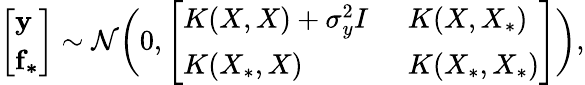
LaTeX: \left[\begin{array}{l}{\mathbf{y}}\\ {\mathbf{f_{*}}}\end{array}\right]\sim\mathcal{N}\bigg(0,\left[\begin{array}{ll}{K(X,X)+\sigma_{y}^{2}I}&{K(X,X_{*})\: }\\ {K(X_{*},X)\phantom{+\: \: \sigma{y}^{2}}}&{K(X_{*},X_{*})}\end{array}\right]\bigg),